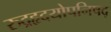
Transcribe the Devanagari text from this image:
रुद्रहृदयोपनिषद्